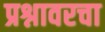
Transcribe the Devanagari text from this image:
प्रश्नावरचा